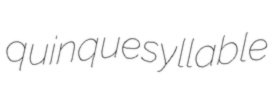
quinquesyllable